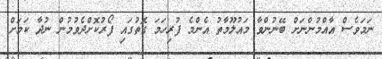
ނަމަވެސް އާއްމުންނަށް ބޭނުންވާ މައުލޫމާތު އެންމެ ފުރިހަމަ ގޮތުގައި ފޯރުކޮށްދެވުމުން ނުދާ ކަމަށް